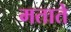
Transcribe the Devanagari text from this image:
मताते